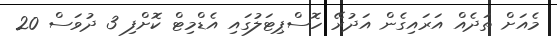
މެއަށް ތަދެއް އަރައިގެން އަދުރޭ ހޮސްޕިޓަލުގައި އެޑްމިޓް ކޮށްފި 3 ދުވަސް 20